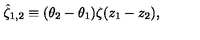
{ \hat { \zeta } _ { 1 , 2 } } \equiv ( \theta _ { 2 } - \theta _ { 1 } ) \zeta ( z _ { 1 } - z _ { 2 } ) ,